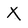
Character: X